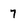
Character: 7